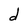
Character: d